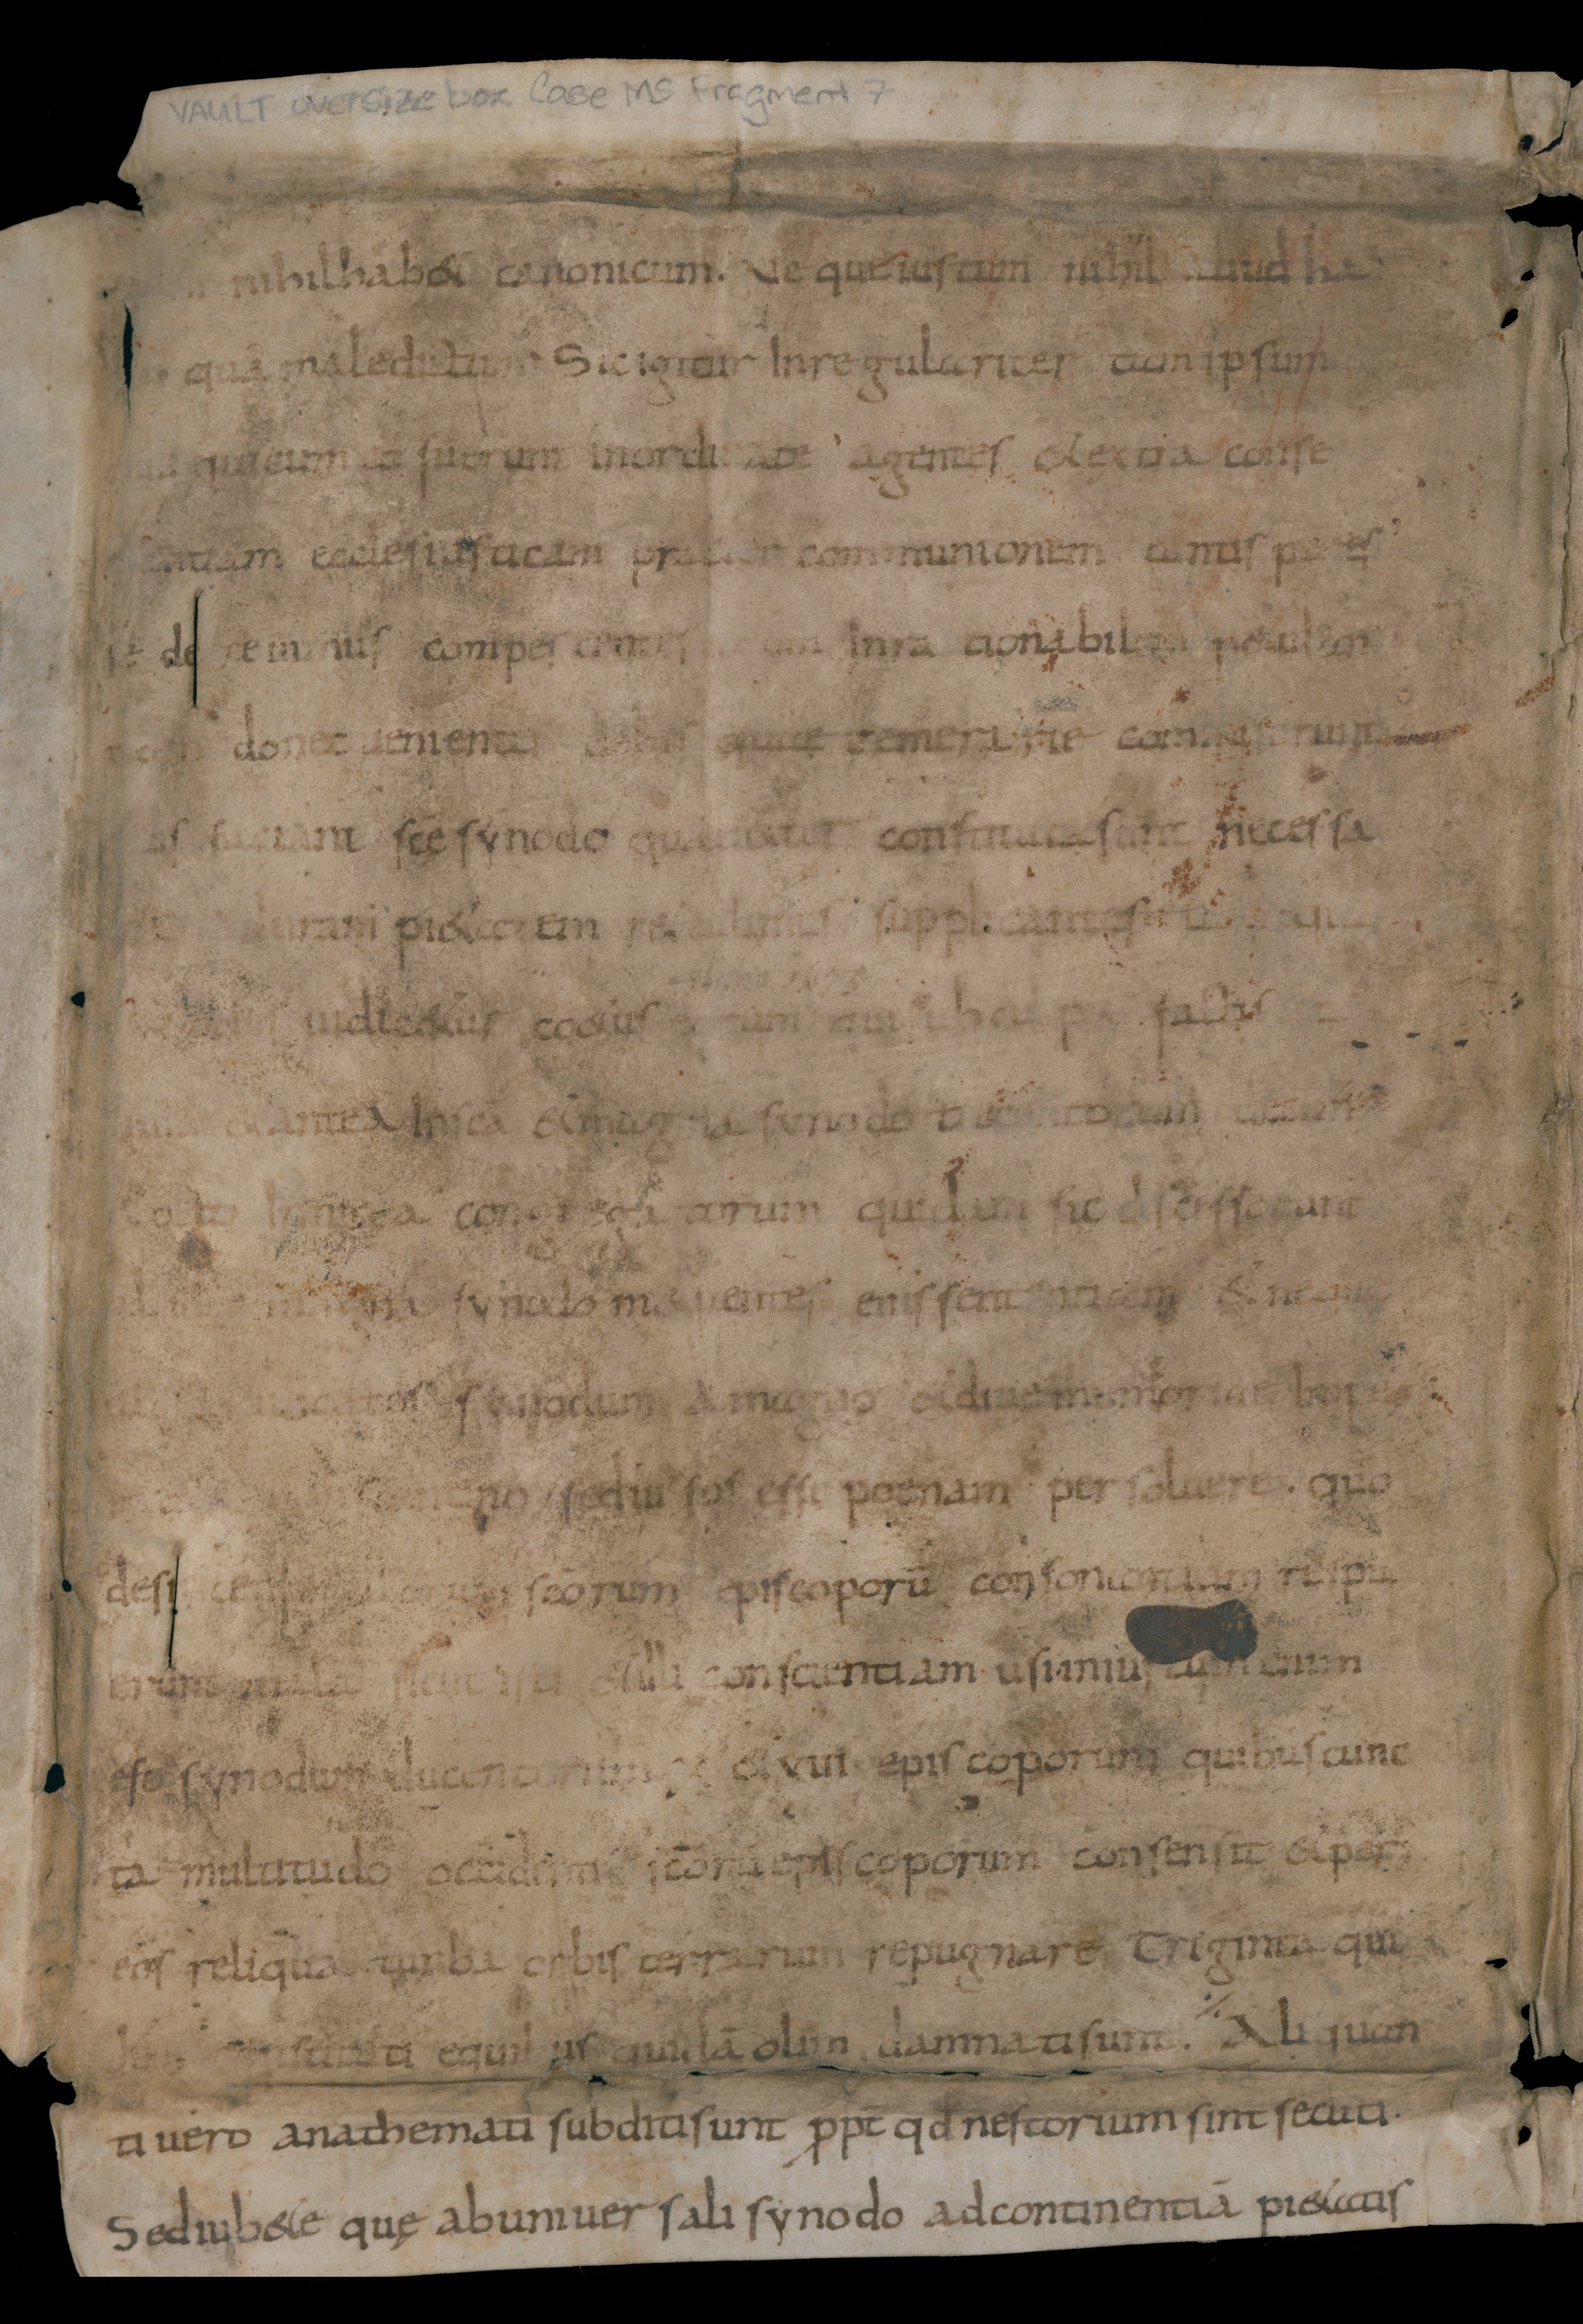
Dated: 834–865